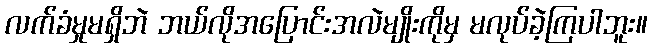
လက်ခံမှုမရှိဘဲ ဘယ်လိုအပြောင်းအလဲမျိုးကိုမှ မလုပ်ခဲ့ကြပါဘူး။